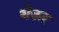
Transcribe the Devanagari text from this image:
शेऊर